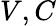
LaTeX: V,C